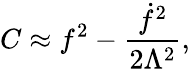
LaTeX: C\approx f^{2}-\frac{{\dot{f}}^{2}}{2\Lambda^{2}},